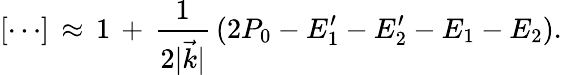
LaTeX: [\cdots]\, \approx\, 1\, +\, {\frac{1}{2\vert\vec{k}\vert}}\, (2P_{0}-E_{1}^{\prime}-E_{2}^{\prime}-E_{1}-E_{2}).